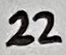
Text: 22